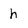
Character: h